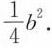
\frac{1}{4} b^{2}$$ .